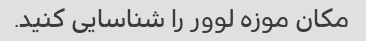
مکان موزه لوور را شناسایی کنید.